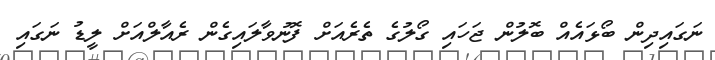
ނަގައިދިން ބޯޅައެއް ބޮލުން ޖަހައި ގޯލުގެ ތެރެއަށް ފޮނުވާލައިގެން ރެއާލްއަށް ލީޑު ނަގައި